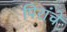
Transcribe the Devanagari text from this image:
पिरांचे